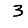
Digit: 3